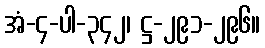
အံ-၄-ပါ-၃၄၂၊ ဋ္ဌ-၂၉၁-၂၉၆။